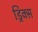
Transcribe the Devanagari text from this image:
ड्रिंक्‍स